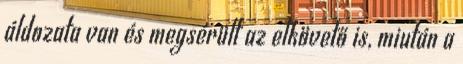
áldozata van és megsérült az elkövető is, miután a